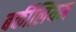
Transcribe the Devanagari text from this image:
बर्कीलियम